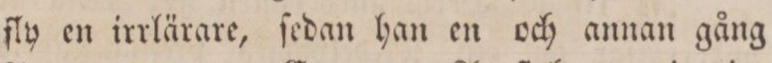
fly en irrlärare, ſedan han en och annan gång